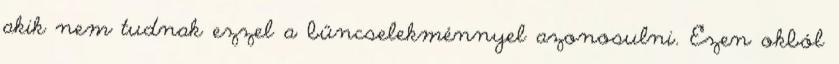
akik nem tudnak ezzel a bűncselekménnyel azonosulni. Ezen okból